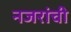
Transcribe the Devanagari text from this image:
नजरांची